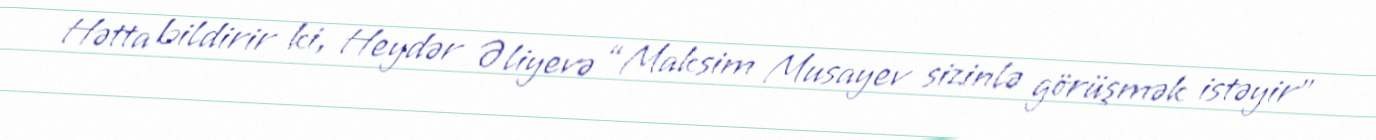
Hətta bildirir ki, Heydər Əliyevə “Maksim Musayev sizinlə görüşmək istəyir”